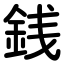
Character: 銭